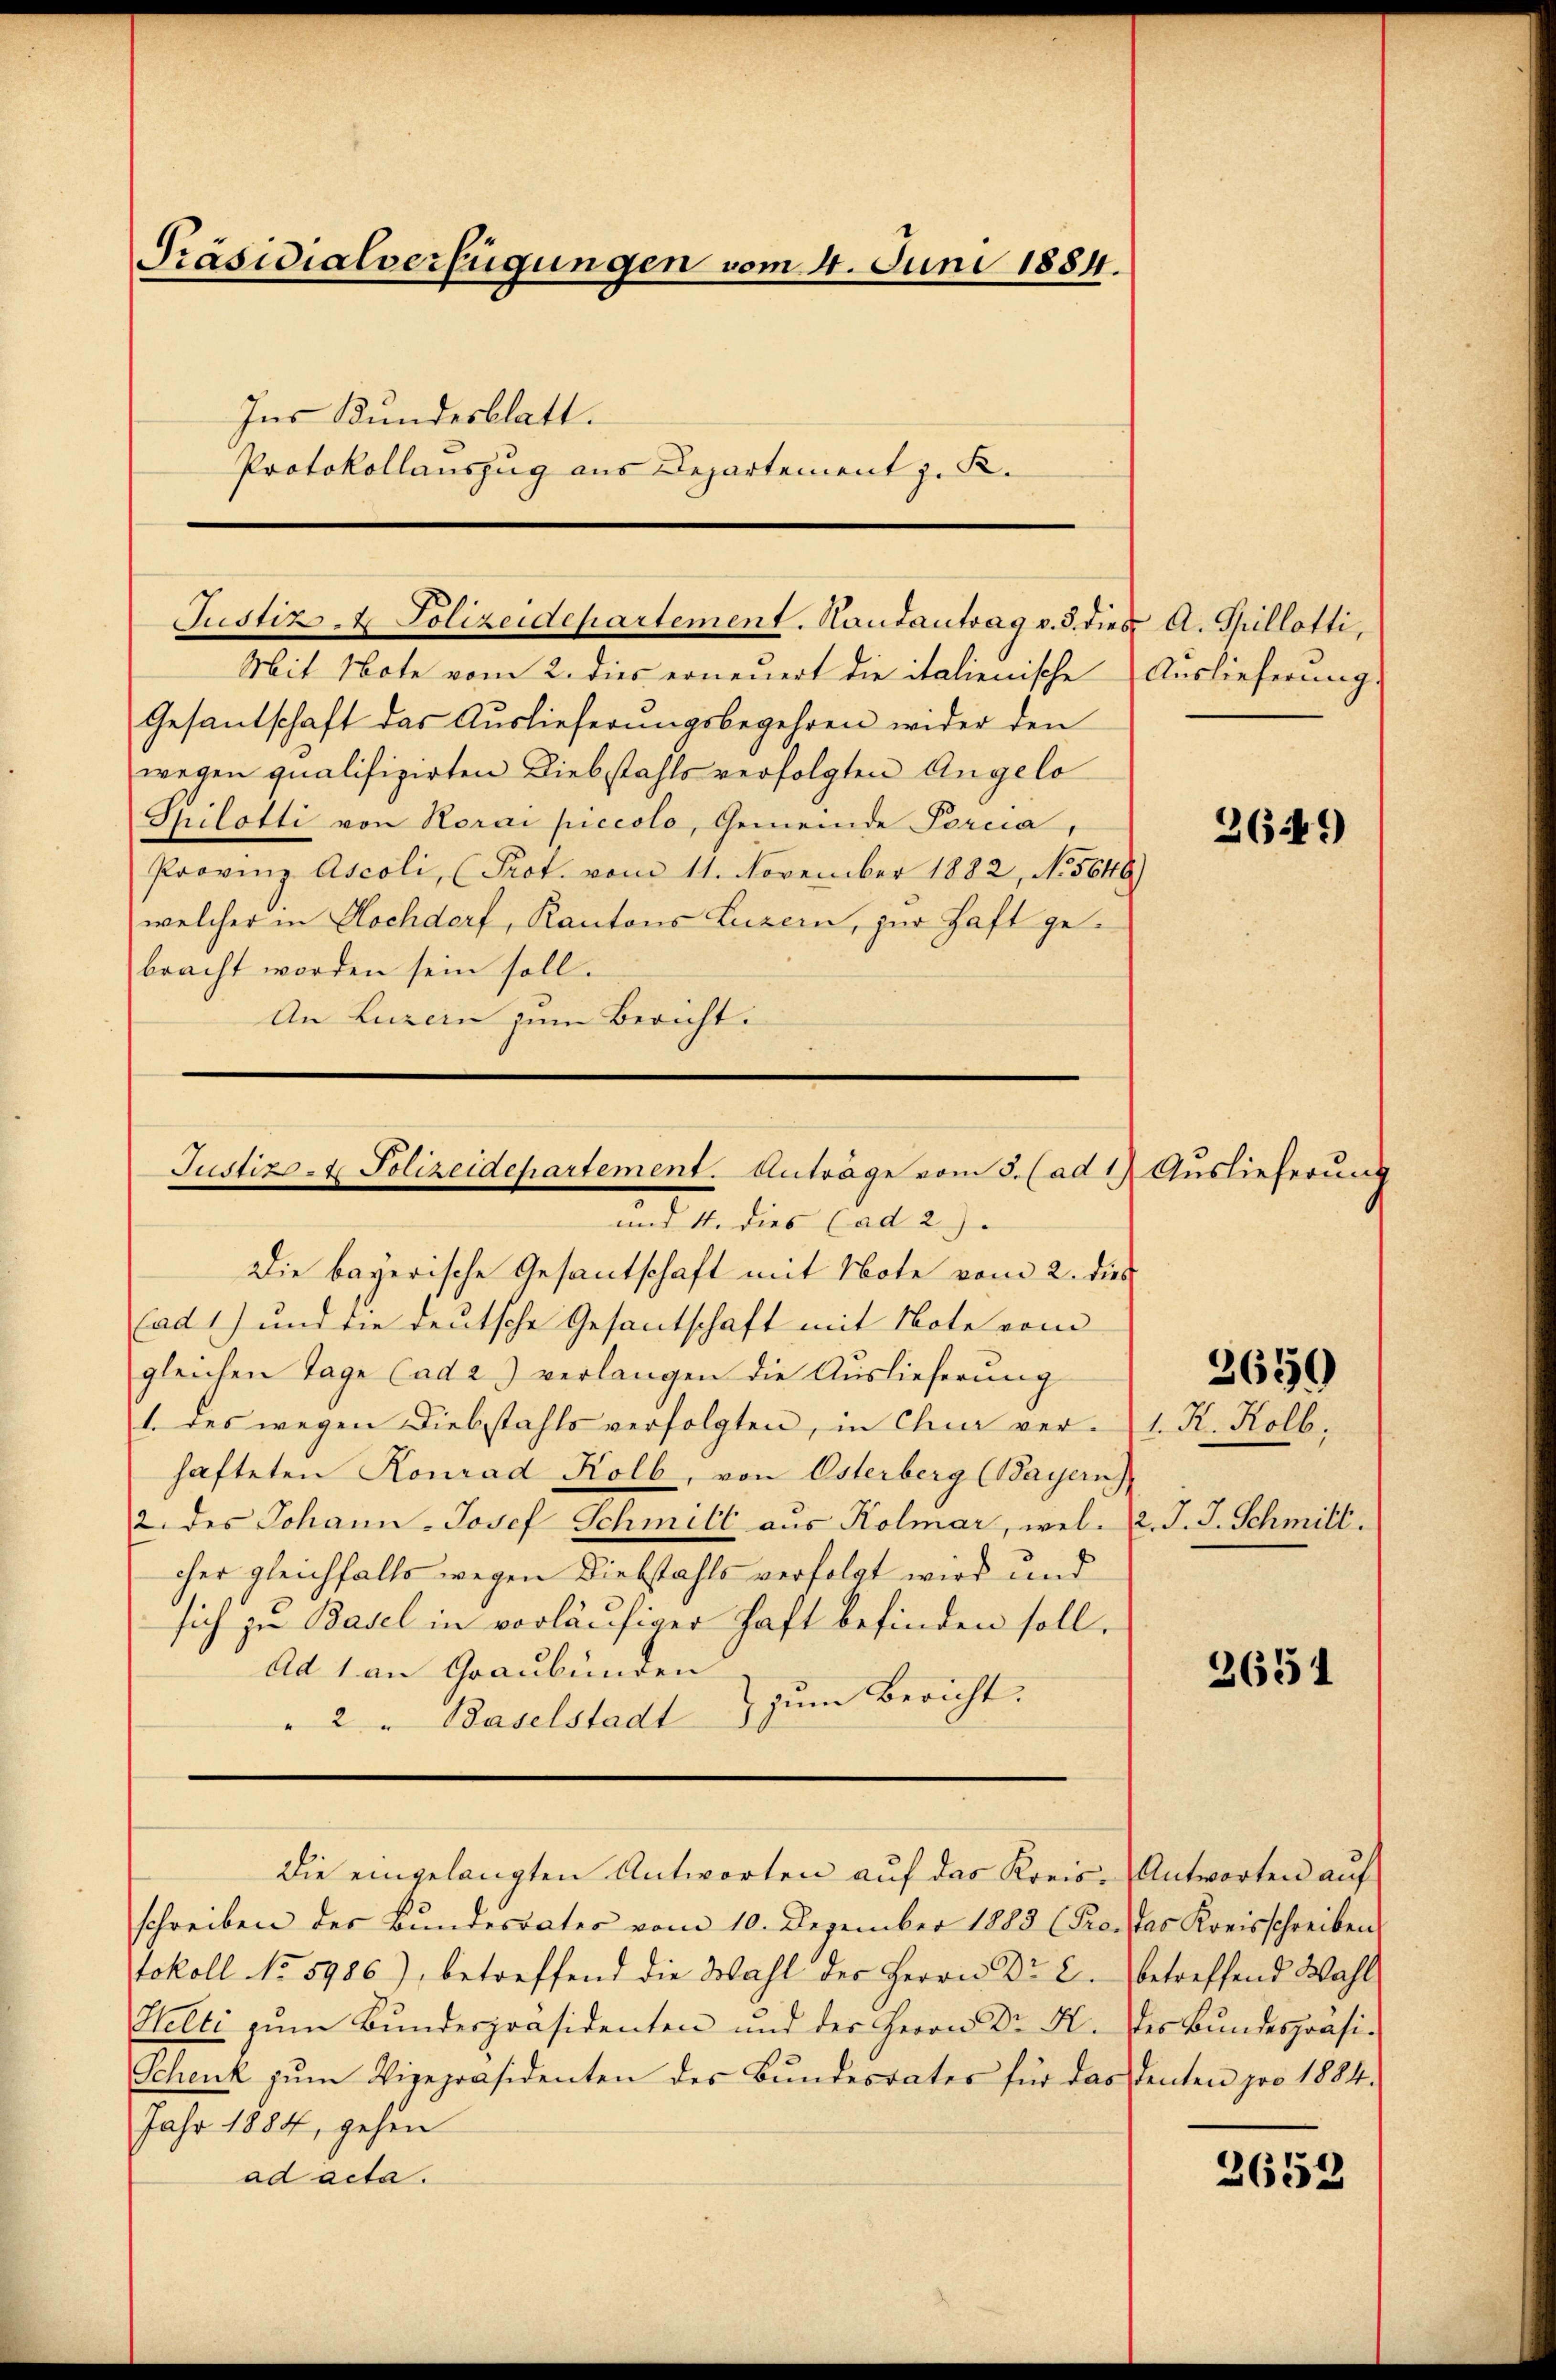
Präsidialverfügungen vom 4. Juni 1884.
Ins Kundesblatt.
Protokollauszug aus Departement z. K.

Justiz- & Polizeidepartement. Handantrag v. 3. dies A. Spillotti,

Mit Note vom 2. dies erneuert die italienische Auslieferung.
Gesandschaft das Auslieferungsbegehren wider den
wegen qualifizirten Diebstahls verfolgten Angelo
Philotti von Horai piccolo, Gemeinde Percia,
Provinz Ascoli, (Prot. vom 11. November 1882, No 5648)
welcher in Hochdorf, Kantons Luzern, zur Haft gebracht worden sein soll.
An Luzern zum Bericht.

Justiz- & Polizeidepartement. Anträge vom 3. (ad 1) Auslieferung

und 4. dies (ad 2.
Die bayerische Gesantschaft mit Note vom 2. dies
(ad 1) und die deutsche Gesantschaft mit Note vom
gleichen Tage Cada) verlangen die Auslieferung
1. Des wegen Diebstahls verfolgten, in Chur verhafteten Konrad Kolb, von Osterberg Bayeris
2. des Johann-Josef Schmitt aus Kolmar, welcher gleichfalls wegen Diebstahls verfolgt wird und
sich zu Basel in vorläufiger haft befinden soll.
Ad 1 an Graubünden
zum Bericht.
" 2 " Baselstadt

Die eingelangten Antworten aŭf das Kreis- Antworten aŭf

schreiben der Bŭndesrates vom 10. Dezember 1883 (Pro. das Kreisschreiben
tokoll No 5986), betreffend die Wahl des Herrn Dr. 2. betreffend Wahl
Helti zum Bundespräsidenten und der Herrn Dr. K. des Bundespräsi¬
Schenk zŭm Vizepräsidenten des Bŭndesrates für das denten pro 1884.
Jahr 1884, gehen
ad acta.

2649

3650

1. K. Kolb.
2. J. J. Schmitt

2654

2652